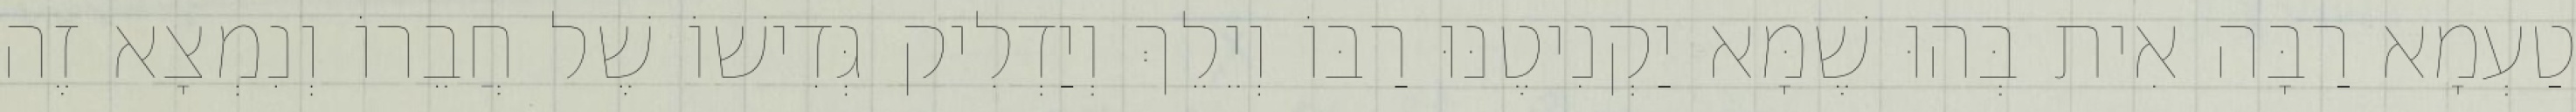
טַעְמָא רַבָּה אִית בְּהוּ שֶׁמָּא יַקְנִיטֶנּוּ רַבּוֹ וְיֵלֵךְ וְיַדְלִיק גְּדִישׁוֹ שֶׁל חֲבֵרוֹ וְנִמְצָא זֶה